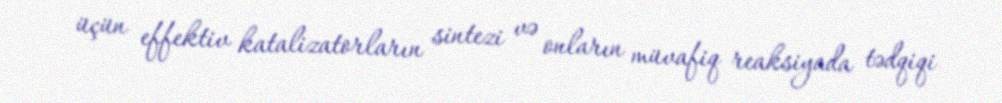
üçün effektiv katalizatorların sintezi və onların müvafiq reaksiyada tədqiqi